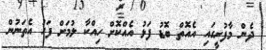
ދެން މާފުށީގައި އެއޮތް ބޮޑު ފަޅު އެއްކޮށް ހިއްކާ ލުމަށް ފަހު އެތަނުން